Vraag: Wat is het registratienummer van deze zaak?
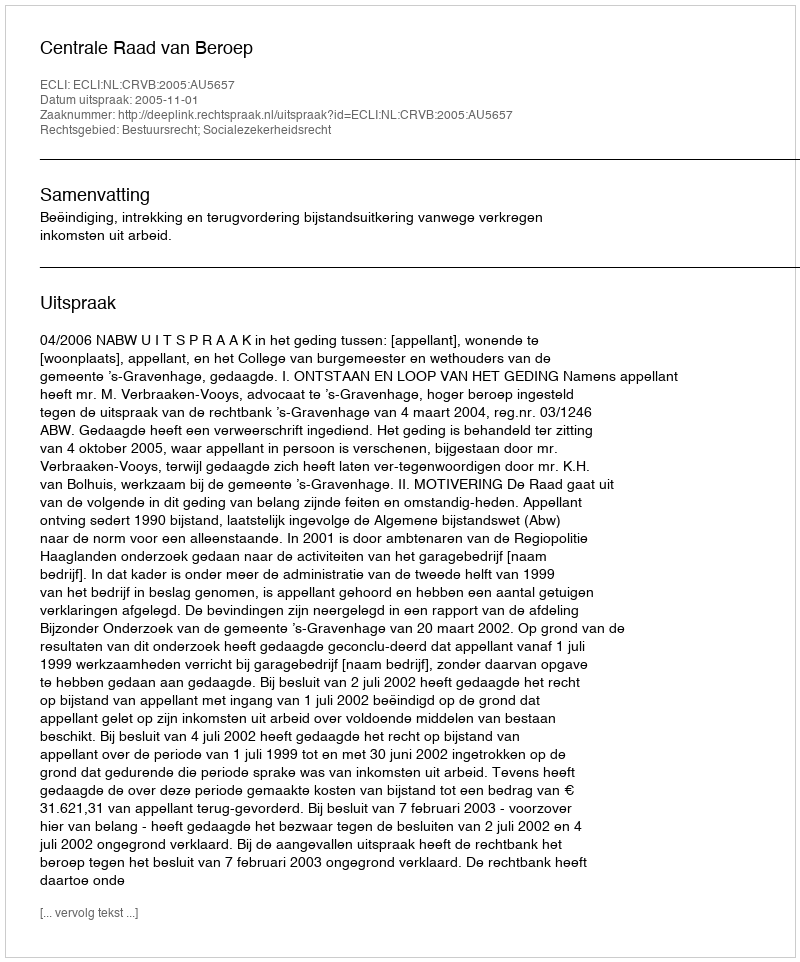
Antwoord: http://deeplink.rechtspraak.nl/uitspraak?id=ECLI:NL:CRVB:2005:AU5657